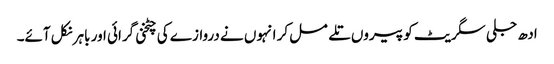
ادھ جلی سگریٹ کو پیروں تلے مسل کر انہوں نے دروازے کی چٹخنی گرائی اور باہر نکل آئے۔